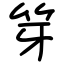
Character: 笌